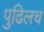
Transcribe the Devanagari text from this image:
पुढिलच